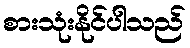
စားသုံးနိုင်ပါသည်